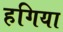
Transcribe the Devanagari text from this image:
हगिया